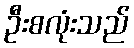
ဦးစလုံးသည်